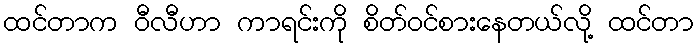
ထင်တာက ဝီလီဟာ ကာရင်းကို စိတ်ဝင်စားနေတယ်လို့ ထင်တာ